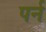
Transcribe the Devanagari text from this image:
पर्न